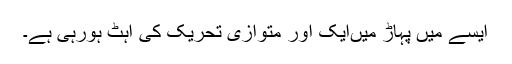
ایسے میں پہاڑ میںایک اور متوازی تحریک کی آہٹ ہورہی ہے۔